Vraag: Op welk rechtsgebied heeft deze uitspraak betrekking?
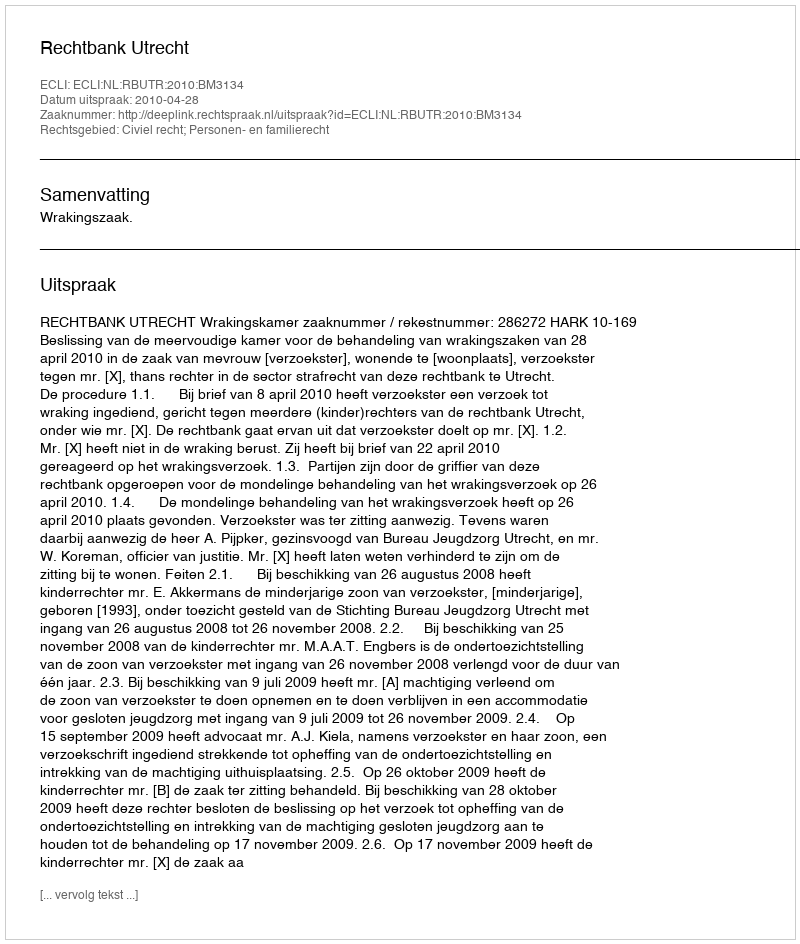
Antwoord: Civiel recht; Personen- en familierecht